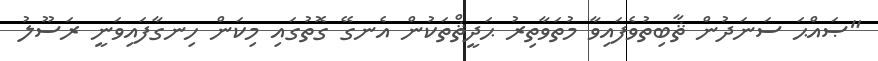
"ޞައްޙަ ސަނަދުން ޘާބިތުވެފައިވާ މުތަވާތިރު ޙަދީޘްތަކުން އެނގޭ ގޮތުގައި މިކަން ހިނގާފައިވަނީ ރަސޫލު